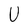
Character: U